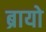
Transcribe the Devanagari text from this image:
ब्रायो